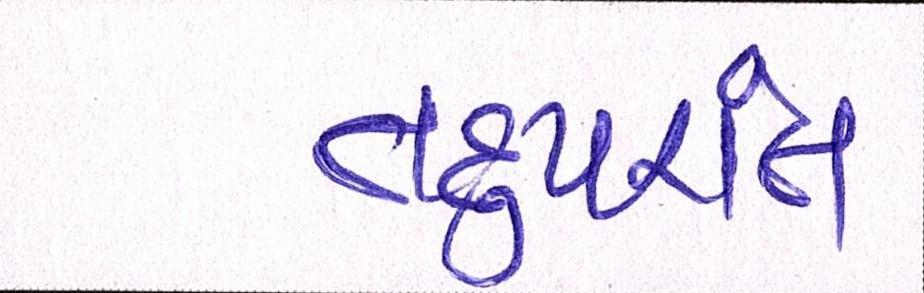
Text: તદુપરાંત